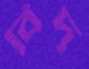
বিদ্